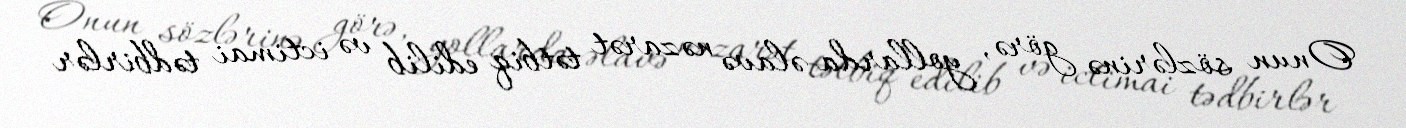
Onun sözlərinə görə, yollarda əlavə nəzarət tətbiq edilib və ictimai tədbirlər